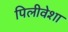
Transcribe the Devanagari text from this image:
पिलीवेशा